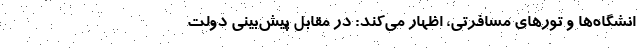
انشگاه‌ها و تورهای مسافرتی، اظهار می‌کند: در مقابلِ پیش‌بینی دولت